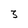
Character: 3